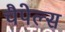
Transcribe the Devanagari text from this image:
चैपेल्स